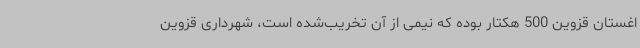
اغستان قزوین 500 هکتار بوده که نیمی از آن تخریب‌شده است، شهرداری قزوین